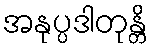
အနုပ္ပဒါတုန္တိ